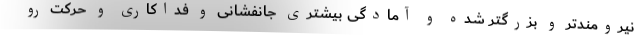
نیرومندتر و بزرگتر شده و آمادگی بیشتری جانفشانی و فداکاری و حرکت رو